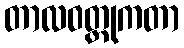
တာလဝတ္ထုကတာ